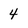
Character: 4